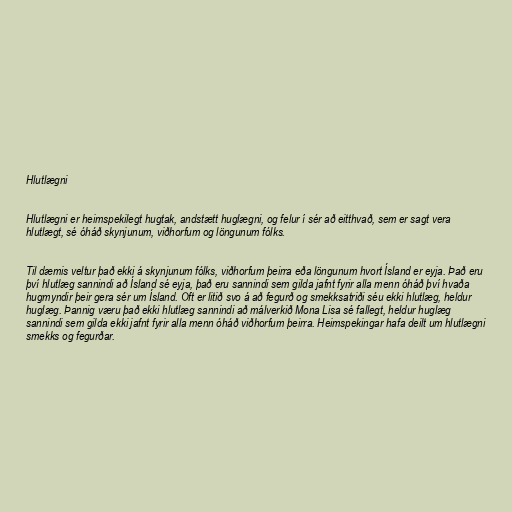
Hlutlægni

Hlutlægni er heimspekilegt hugtak, andstætt huglægni, og felur í sér að eitthvað, sem er sagt vera
hlutlægt, sé óháð skynjunum, viðhorfum og löngunum fólks.

Til dæmis veltur það ekki á skynjunum fólks, viðhorfum þeirra eða löngunum hvort Ísland er eyja. Það eru
því hlutlæg sannindi að Ísland sé eyja, það eru sannindi sem gilda jafnt fyrir alla menn óháð því hvaða
hugmyndir þeir gera sér um Ísland. Oft er litið svo á að fegurð og smekksatriði séu ekki hlutlæg, heldur
huglæg. Þannig væru það ekki hlutlæg sannindi að málverkið Mona Lisa sé fallegt, heldur huglæg
sannindi sem gilda ekki jafnt fyrir alla menn óháð viðhorfum þeirra. Heimspekingar hafa deilt um hlutlægni
smekks og fegurðar.